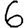
Digit: 6